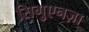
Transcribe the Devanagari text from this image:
सिगुएनज़ा